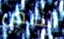
النابض